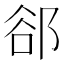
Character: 郤